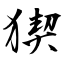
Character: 猰